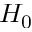
H _ { 0 }